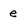
Character: e